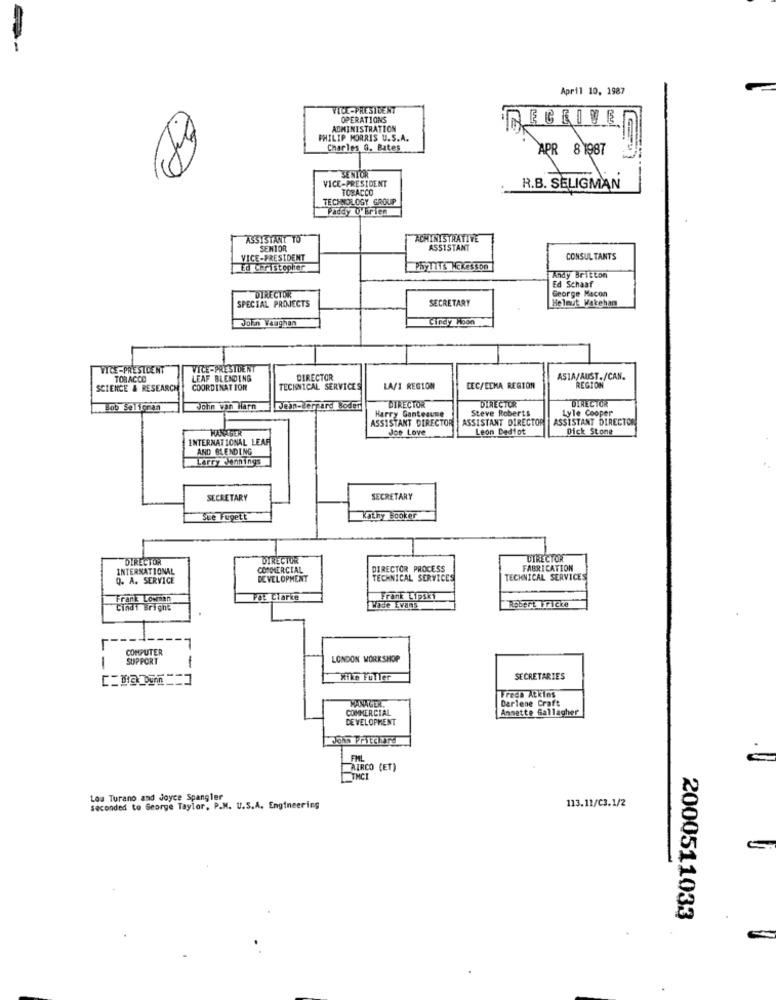
April 10, 1987
VICE-PRESIDENT
OPERATIONS
ECEIVEI
ADMINISTRATION
PHILIP MORRIS U.S.A.
Charles G. Bates
APR
8 1987
SENIOR
VICE-PRESIDENT
--
TOBACCO
R.B. SELIGMAN
TECHNOLOGY GROUP
Paddy O'brien
ASSISTANT TO
ACMINISTRATIVE
SENIOR
ASSISTANT
VICE-PRESIDENT
CONSUL TANTS
Ed Christopher
PhyTITS NEKesson
Andy Britton
Ed Schaaf
George Macon
SPECIAL PROJECTS
DIRECTOR
SECRETARY
Helmut Wateham
John Vaughan
Cindy Roon
VICE-PRESIDENT
VICE-PRESIDENT
TOBACCO
LEAF BLENDING
DIRECTOR
ASTA/AUST./CAN.
SCIENCE & RESEARCH
COORDINATION
TECHNICAL SERVICES
LA/I REGION
LEC/EEMA REGION
REGION
DIRECTOR
DIRECTOR
DIRECTOR
Hob Seliccan
John wan Harn
Dein-gerrard Boder
Harry Gantesune
Steve Roberts
Lyle Cooper
ASSISTANT DIRECTOR
ASSISTANT DIRECTOR
ASSISTANT DIRECTOR
HANAIDER
Jop Love
Leon Dediot
Dick Stone
INTERNATIONAL LEAF
AND BLENDING
Larry Jennings
SECRETARY
SECRETARY
Sue Fugett
Kathy Booker
DIRECTOR
DIRECTOR
DIRECTOR
INTERNATIONAL
COMMERCIAL
DIRECTOR PROCESS
FABRICATION
Q. A. SERVICE
DEVELOPMENT
TECHNICAL SERVICES
TECHNICAL SERVICES
Frank Lowwan
POE Clarke
Frank Kipski
Cindy Brighe
Wade Evans
Robert Fricke
COMPUTER
SUPPORT
LONDON WORKSHOP
Mike Fuller
SECRETARIES
MANAGER.
Freda Atkins
Darlene Craft
COMMERCIAL
Annette Gallagher
DEVELOPMENT
John Pritchard
FML
AIRCO (ET)
TMCI
Lou Turano and Joyce Spangler
seconded to George Taylor, P.M. U.S.A. Engineering
113.11/C3.1/2
2000511033